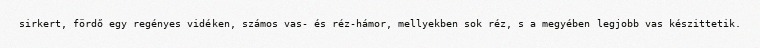
sirkert, fördő egy regényes vidéken, számos vas- és réz-hámor, mellyekben sok réz, s a megyében legjobb vas készittetik.